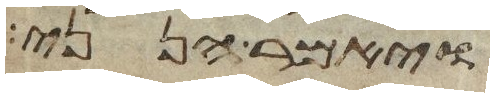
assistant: ויאמר הנני